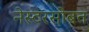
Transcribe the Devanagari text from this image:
नेस्टरसोबत